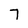
Character: 7